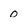
Character: 0